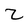
Character: Z